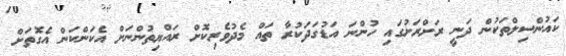
ކައުންސިލްތަކުން ދަނީ ރަށްރަށުގައި ހުންނަ އަޑުގަދަކުރާ ތައް މެދުވެރިކޮށް ރައްޔިތުންނަށް އެކަންކަން އެގޮތަށް